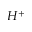
H ^ { + }